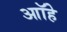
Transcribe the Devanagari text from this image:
आॉहे